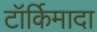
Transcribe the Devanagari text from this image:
टॉर्किमादा